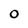
Character: 0